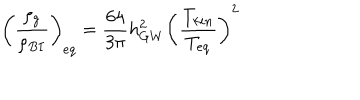
\left( { \frac { \rho _ { g } } { \rho _ { B I } } } \right) _ { e q } = { \frac { 6 4 } { 3 \pi } } h _ { G W } ^ { 2 } \left( { \frac { T _ { k i n } } { T _ { e q } } } \right) ^ { 2 }